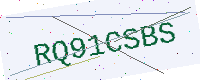
Text: RQ91CSBS